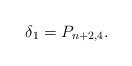
LaTeX: \begin{align*} \delta_1=P_{n+2,4}.\end{align*}